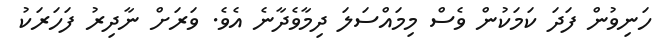
ހަނިވުން ފަދަ ކަމަކުން ވެސް މިމައްސަލަ ދިމާވެދާނެ އެވެ. ވަރަށް ނާދިރު ފަހަރަކު